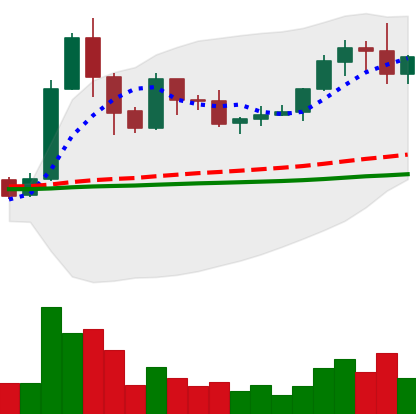
Ticker: XRP-USD
Chart end date: 2019-05-31
Forward return: -8.172%
Label: down_7plus